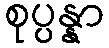
စုပ္ပန္နာ